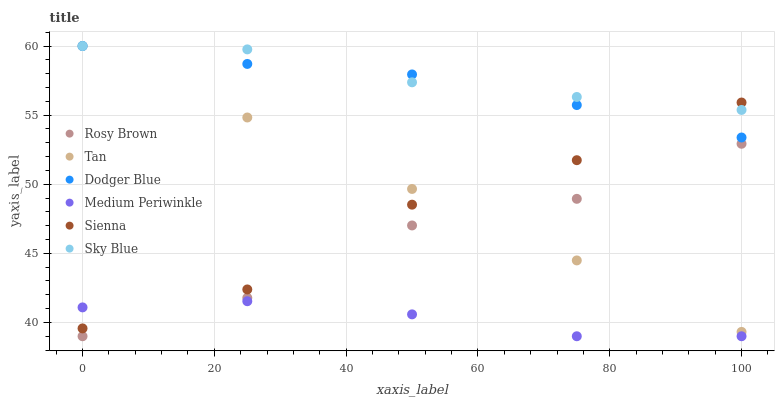
| xaxis_label | Rosy Brown | Tan | Dodger Blue | Medium Periwinkle | Sienna | Sky Blue |
 | --- | --- | --- | --- | --- | --- | --- |
 | 0 | 39 | 60 | 60 | 41.1 | 39.6 | 60 |
 | 25 | 41.8 | 54.8 | 58.7 | 41.5 | 42.4 | 59.8 |
 | 50 | 47 | 49.7 | 57.9 | 40.6 | 48.5 | 57.4 |
 | 75 | 48.9 | 44.5 | 55.7 | 39 | 51.7 | 56.3 |
 | 100 | 52.9 | 39.3 | 53.4 | 39 | 55.9 | 55.4 |